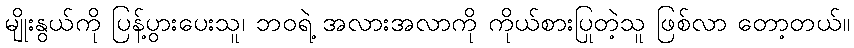
မျိုးနွယ်ကို ပြန့်ပွားပေးသူ၊ ဘဝရဲ့ အလားအလာကို ကိုယ်စားပြုတဲ့သူ ဖြစ်လာ တော့တယ်။